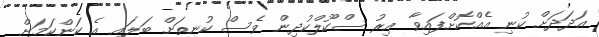
އަދަދަށް ކުނި އެއްކޮށްފައިވާ އިރު ސްކޫލްކުދިން ވެސް ކުނިތަށް ބަލައި އެ ކަންކަމަށް